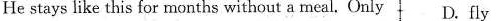
He stays like this for months without a meal. Only D.Fly